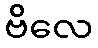
ဗိလေ